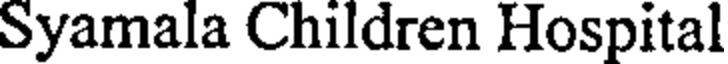
Syamala Children Hospital